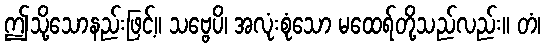
ဤသို့သောနည်းဖြင့်။ သဗ္ဗေပိ၊ အလုံးစုံသော မထေရ်တို့သည်လည်း။ တံ၊